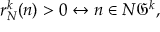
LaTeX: r _ { N } ^ { k } ( n ) > 0 \leftrightarrow n \in N { \mathfrak { G } } ^ { k } ,